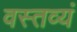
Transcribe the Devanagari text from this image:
वस्तव्यं